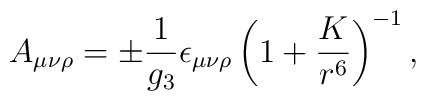
A_{\mu \nu \rho} = \pm {1 \over g_3} \epsilon_{\mu \nu \rho} \left( 1 + {K \over r^6} \right)^{-1}  ,